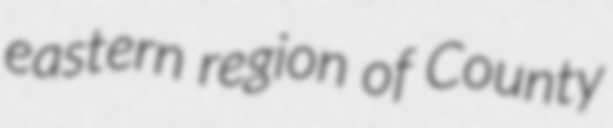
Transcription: eastern region of County